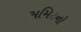
સમિટનો